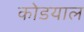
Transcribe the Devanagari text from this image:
कोडयाल